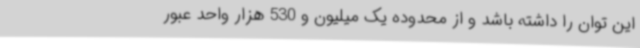
این توان را داشته باشد و از محدوده یک میلیون و 530 هزار واحد عبور